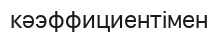
кәэффициентімен